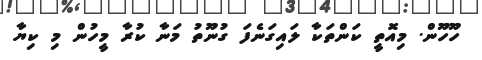
ހޫހޫން. މިއޮތީ ކަންތަކާ ލައިގަނެފަ ގުނޫތު މަނާ ކުރާ މީހުން މި ކިޔާ